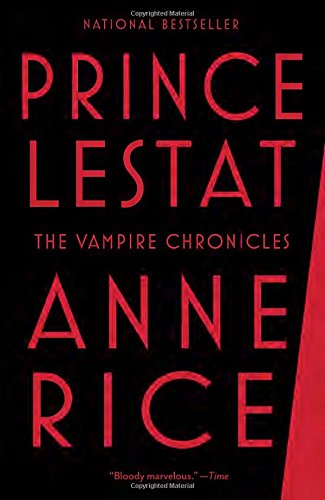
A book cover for Prince Lestat: The Vampire Chronicles; Anne Rice; Science Fiction & Fantasy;